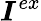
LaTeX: \boldsymbol{I}^{ex}